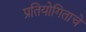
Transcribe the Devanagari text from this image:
प्रतियोगिताचे